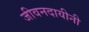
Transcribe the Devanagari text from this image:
जीवनदायीनी